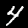
Label: 4